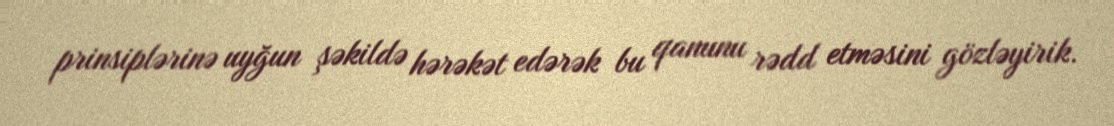
prinsiplərinə uyğun şəkildə hərəkət edərək bu qanunu rədd etməsini gözləyirik.